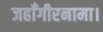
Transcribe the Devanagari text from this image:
जहाँगीरनामा।